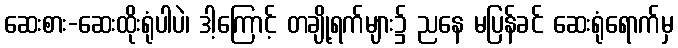
ဆေးစား-ဆေးထိုးရုံပါပဲ၊ ဒါ့ကြောင့် တချို့ရက်များ၌ ညနေ မပြန်ခင် ဆေးရုံရောက်မှ